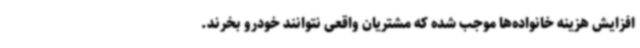
افزایش هزینه خانواده‌ها موجب شده که مشتریان واقعی نتوانند خودرو بخرند.